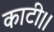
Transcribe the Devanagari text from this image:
काटी।।